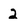
Character: 2